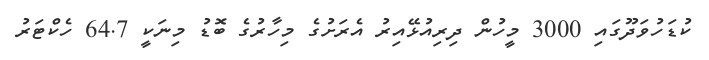
ކުޑަހުވަދޫގައި 3000 މީހުން ދިރިއުޅޭއިރު އެރަށުގެ މިހާރުގެ ބޮޑު މިނަކީ 64.7 ހެކްޓަރު